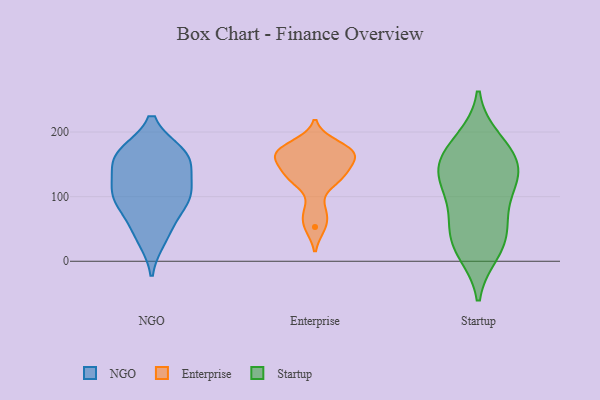
{"axis": {"x": "Population (Million)", "y": "Value"}, "legend": ["Enterprise", "NGO", "Startup"], "data": [{"x": "", "y": 166, "type": "NGO"}, {"x": "", "y": 111, "type": "NGO"}, {"x": "", "y": 86, "type": "NGO"}, {"x": "", "y": 103, "type": "NGO"}, {"x": "", "y": 163, "type": "NGO"}, {"x": "", "y": 36, "type": "NGO"}, {"x": "", "y": 147, "type": "NGO"}, {"x": "", "y": 160, "type": "NGO"}, {"x": "", "y": 49, "type": "NGO"}, {"x": "", "y": 98, "type": "NGO"}, {"x": "", "y": 166, "type": "NGO"}, {"x": "", "y": 105, "type": "NGO"}, {"x": "", "y": 168, "type": "Enterprise"}, {"x": "", "y": 53, "type": "Enterprise"}, {"x": "", "y": 163, "type": "Enterprise"}, {"x": "", "y": 135, "type": "Enterprise"}, {"x": "", "y": 162, "type": "Enterprise"}, {"x": "", "y": 129, "type": "Enterprise"}, {"x": "", "y": 78, "type": "Enterprise"}, {"x": "", "y": 128, "type": "Enterprise"}, {"x": "", "y": 181, "type": "Enterprise"}, {"x": "", "y": 166, "type": "Enterprise"}, {"x": "", "y": 118, "type": "Startup"}, {"x": "", "y": 135, "type": "Startup"}, {"x": "", "y": 63, "type": "Startup"}, {"x": "", "y": 64, "type": "Startup"}, {"x": "", "y": 179, "type": "Startup"}, {"x": "", "y": 156, "type": "Startup"}, {"x": "", "y": 15, "type": "Startup"}, {"x": "", "y": 139, "type": "Startup"}, {"x": "", "y": 26, "type": "Startup"}, {"x": "", "y": 187, "type": "Startup"}, {"x": "", "y": 29, "type": "Startup"}, {"x": "", "y": 150, "type": "Startup"}, {"x": "", "y": 109, "type": "Startup"}]}